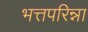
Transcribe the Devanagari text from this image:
भत्तपरिन्ना